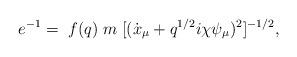
LaTeX: \begin{align*}e^{-1} = \; f(q) \; m \;[(\dot x_{\mu} +q^{1/2} i \chi \psi_{\mu})^2 ]^{-1/2}, \end{align*}